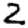
Digit: 2